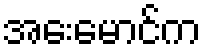
အေးမောင်က